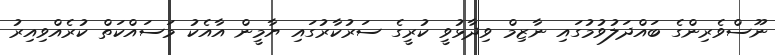
ނޫސްވެރިންގެ ބައްދަލުވުމުގައި ނާޒިމް ވިދާޅުވީ ކުރީގެ ސަރުކާރުގައި ޔާމީން އާއެކު މަސައްކަތް ކުރެއްވިއިރު